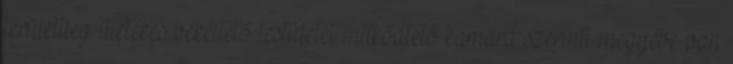
területileg illetékes békéltető testületet működtető kamara szerinti megyébe van